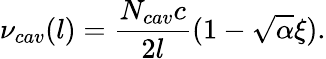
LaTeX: \nu_{cav}(l)=\frac{N_{cav}c}{2l}(1-\sqrt{\alpha}\xi).